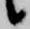
候